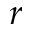
r